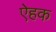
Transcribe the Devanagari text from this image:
ऐहक